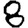
Digit: 8